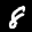
Label: 8